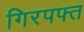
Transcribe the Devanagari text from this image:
गिरपफ्त